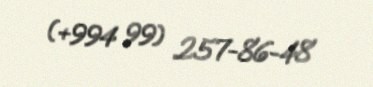
(+994 99) 257-86-48